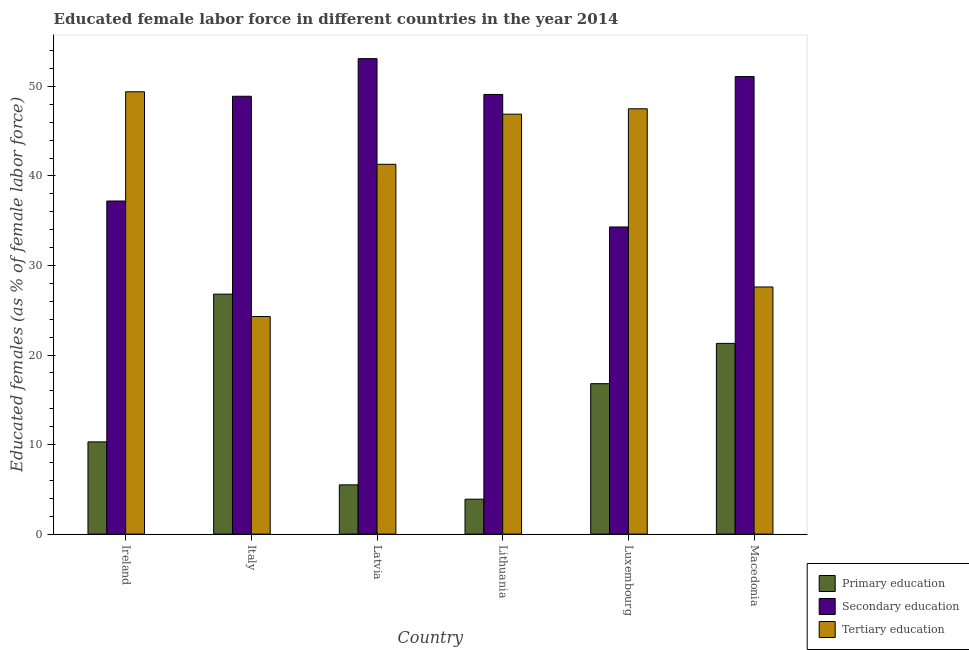
| Country | Primary education | Secondary education | Tertiary education |
 | --- | --- | --- | --- |
 | Ireland | 10.3 | 37.2 | 49.4 |
 | Italy | 26.8 | 48.9 | 24.3 |
 | Latvia | 5.5 | 53.1 | 41.3 |
 | Lithuania | 3.9 | 49.1 | 46.9 |
 | Luxembourg | 16.8 | 34.3 | 47.5 |
 | Macedonia | 21.3 | 51.1 | 27.6 |